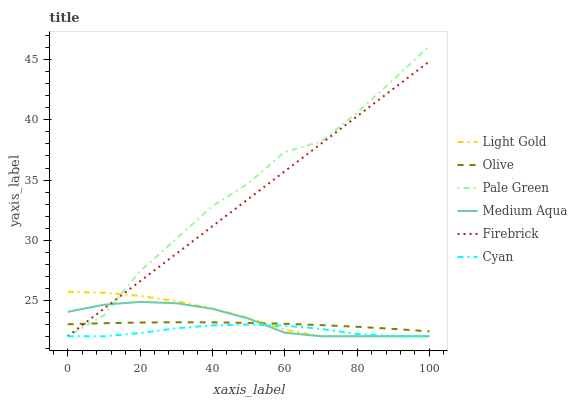
| xaxis_label | Light Gold | Olive | Pale Green | Medium Aqua | Firebrick | Cyan |
 | --- | --- | --- | --- | --- | --- | --- |
 | 0 | 25.7 | 23 | 22 | 24 | 22 | 22 |
 | 10 | 25.6 | 23.1 | 23.7 | 24.6 | 24.3 | 22 |
 | 20 | 25.4 | 23.1 | 27.4 | 24.9 | 26.6 | 22.3 |
 | 30 | 24.9 | 23.2 | 30.1 | 24.7 | 28.9 | 22.7 |
 | 40 | 24.3 | 23.2 | 32.8 | 24.3 | 31.2 | 22.9 |
 | 50 | 23.5 | 23.1 | 34.7 | 23.5 | 33.4 | 23 |
 | 60 | 22.6 | 23 | 37.3 | 22.3 | 35.7 | 22.9 |
 | 70 | 22 | 22.9 | 38.2 | 22 | 38 | 22.6 |
 | 80 | 22 | 22.8 | 40.6 | 22 | 40.3 | 22.2 |
 | 90 | 22 | 22.6 | 43.3 | 22 | 42.6 | 22 |
 | 100 | 22 | 22.4 | 46.2 | 22 | 44.9 | 22 |